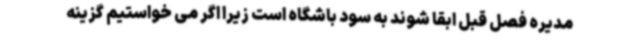
مدیره فصل قبل ابقا شوند به سود باشگاه است زیرا اگر می خواستیم گزینه